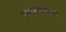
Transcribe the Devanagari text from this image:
उपस्वरुपों